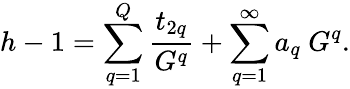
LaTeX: h-1=\sum_{q=1}^{Q}{\frac{t_{2q}}{G^{q}}}+\sum_{q=1}^{\infty}a_{q}~G^{q}.